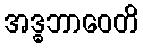
အဒ္ဓဘာဝေတိ